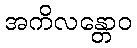
အကိလန္တောဝ